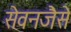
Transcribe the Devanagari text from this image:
सेवनजैसे